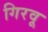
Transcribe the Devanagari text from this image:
गिरवू